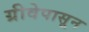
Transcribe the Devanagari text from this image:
ग्रीवेपासून